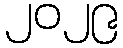
၂၀၂၉